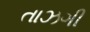
તાઝગી